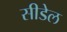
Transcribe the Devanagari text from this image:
सीडेल